Annual administration report of the Civil Veterinary Department, Sind - 1937-1938
Year: 1937
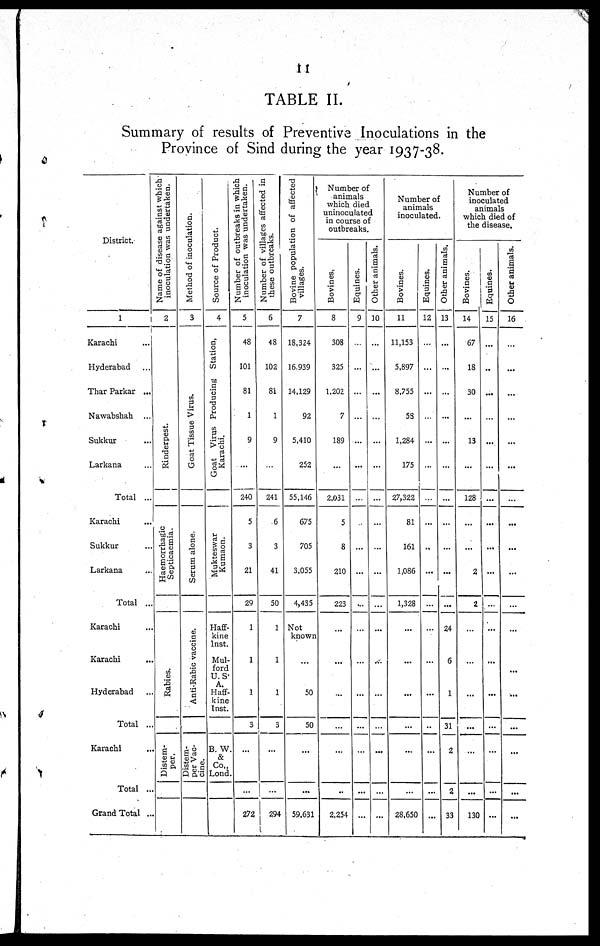
11
TABLE II.
Summary of results of Preventive Inoculations in the
Province of Sind during the year 1937-38.
District.
1
Karachi ...
Hyderabad ...
Thar Parkar ...
Nawabshah ...
Sukkur ...
Larkana ...
Total ...
Karachi ...
Sukkur ...
Larkana ...
Total ...
Karachi ...
Karachi ...
Hyderabad ...
Total ...
Karachi ...
Total ...
Grand Total ..
Name of disease against which
inoculation was undertaken.
2
Rinderpest.
Haemorrhagic
Septicaemia.
Rabies.
Distem-
per.
Method of inoculation.
3
Goat Ti ssue Vi r us.
Serum alone.
Anti-Rabic vaccine.
Distem-
per Vac-
Source of Product.
4
Goat Virus Producing St at i on
Karachi.
Mukteswar
Kumaon.
Haff-ki ne
lnst.
Mul -ford U.S.
A.
Haff-ki ne
Inst.
B. W& Co.,
Lond
Number of outbreaks in which
inoculation was undertaken.
5
48
101
81
1
9
...
240
5
3
21
29
1
1
1
3
...
...
272
Number of villages affected in
these outbreaks.
6
48
102
81
1
9
...
241
6
3
41
50
1
1
1
3
...
...
294
Bovine population of affected
villages.
7
18,324
16.939
14,129
92
5,410
252
55,146
675
705
3,055
4,435
Not
known
...
50
50
...
...
59.631
Number of
animals
which died
uninoculated
in course of
outbreaks.
Bovines,
8
308
325
1,202
7
189
...
2,031
5
8
210
223
...
...
...
...
...
..
2,254
Equines.
9
...
...
...
...
...
...
...
...
...
...
...
...
...
...
...
...
...
...
Other animals.
10
...
...
...
...
...
...
...
...
...
...
...
...
...
...
...
...
...
Number of
animals
inoculated.
Bovines.
11
11,153
5,897
8,755
53
1,284
175
27,322
81
161
1,086
1,328
...
...
...
...
...
...
28,650
Equines.
12
...
...
...
...
...
...
...
...
..
...
...
...
...
...
..
...
...
...
Other animals.
13
...
...
...
...
...
...
...
...
...
...
...
24
6
1
31
2
2
33
Number of
inoculated
animals
which died of
the disease.
Bovines.
14
67
18
30
...
13
...
128
...
...
2
2
...
...
...
...
...
...
130
Equines.
15
...
..
...
...
...
...
...
...
...
...
...
...
...
...
...
...
...
...
Other animals.
16
...
...
...
...
...
...
...
...
...
...
...
...
...
...
...
...
...
...